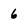
Character: 6